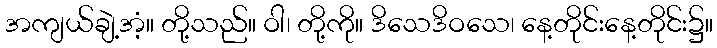
အကျယ်ချဲ့အံ့။ တို့သည်။ ဝါ၊ တို့ကို။ ဒိသေဒိဝသေ၊ နေ့တိုင်းနေ့တိုင်း၌။